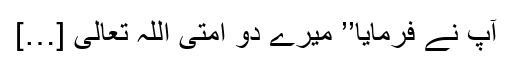
آپؐ نے فرمایا’’ میرے دو اْمتی اللہ تعالی […]